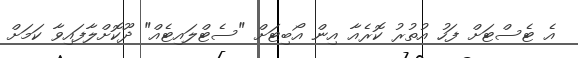
އެ ޓެސްޓަށް ފަހު އުތުރު ކޮރެއާ އިން އޯބިޓަށް "ސެޓްލައިޓެއް" ދޫކޮށްލާފައިވާ ކަމަށް